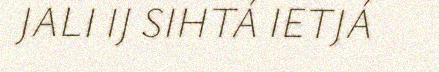
JALI IJ SIHTÁ IETJÁ